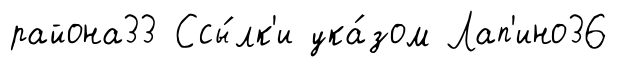
района33 Ссы́лк'и ука́зом Лап'ино36